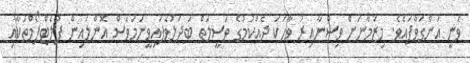
ވަނީ އަންގަވާފައެވެ. މިޒަމާނަށް ވިސްނާއިރު ވާހަކަ ދެއްކުމުގެ ވަސީލަތް ބަދަލުވެފައިވީނަމަވެސް އޮންލައިން ޕުލެޓްފޯމްތަކާއި